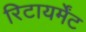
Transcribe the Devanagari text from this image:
रिटायर्मेंट